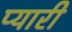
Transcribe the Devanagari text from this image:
प्‍यारी